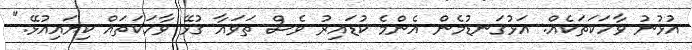
އުޅުނު ވާހަކަތަކެއް. އަޅުގަނޑުމެން އެންމެ ކުޑައިރު ވެސް ތަވައާ ގުޅޭ ވާހަކަތައް ކިޔައިއުޅޭ."